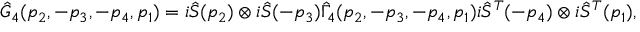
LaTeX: \hat { G } _ { 4 } ( p _ { 2 } , - p _ { 3 } , - p _ { 4 } , p _ { 1 } ) = i \hat { S } ( p _ { 2 } ) \otimes i \hat { S } ( - p _ { 3 } ) \hat { \Gamma } _ { 4 } ( p _ { 2 } , - p _ { 3 } , - p _ { 4 } , p _ { 1 } ) i \hat { S } ^ { T } ( - p _ { 4 } ) \otimes i \hat { S } ^ { T } ( p _ { 1 } ) ,